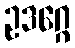
ဥဒဂ္ဂေ